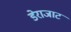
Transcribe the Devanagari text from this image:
डेराजाट